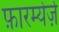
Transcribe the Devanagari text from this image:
फ़ारम्येर्ज़